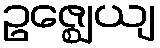
ဥဇ္ဈေယျ